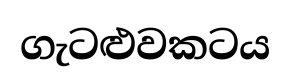
ගැටළුවකටය